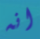
انه